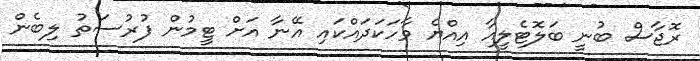
ރޮޖާސް ބުނީ ބަލޮޓެލީއާ އިއްޔެ ވާހަކަދައްކައި އޭނާ އަށް ޓީމުން ފުރުސަތު ލިބެން